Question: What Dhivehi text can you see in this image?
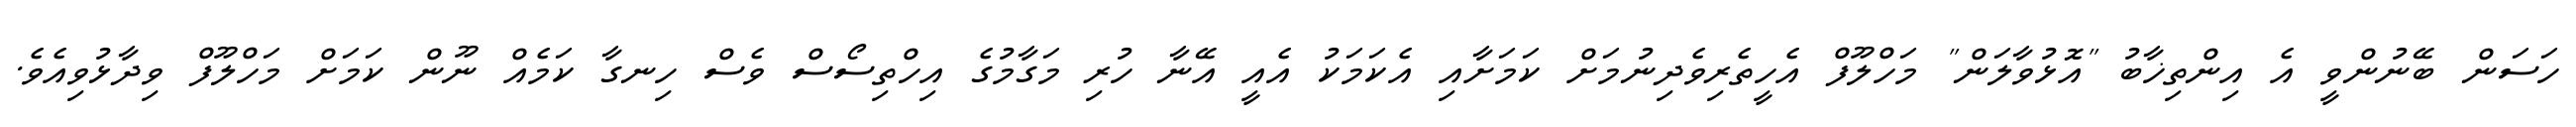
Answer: ހަސަން ބޭނުންވީ އެ އިންތިޚާބު "އޮޅުވާލަން" މަހްލޫފް އެހީތެރިވެދިނުމަށް ކަމަށާއި އެކަމަކު އެއީ އޭނާ ހުރި މަގާމުގެ އިހްތިސޯސް ވެސް ހިނގާ ކަމެއް ނޫން ކަމަށް މަހްލޫފް ވިދާޅުވިއެވެ.